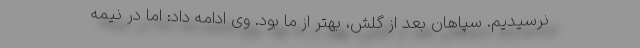
نرسیدیم. سپاهان بعد از گلش، بهتر از ما بود. وی ادامه داد: اما در نیمه